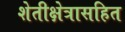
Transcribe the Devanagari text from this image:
शेतीक्षेत्रासहित